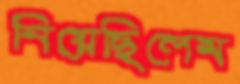
নিয়েছিলেম